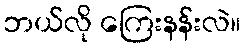
ဘယ်လို ကြေးနန်းလဲ။